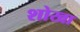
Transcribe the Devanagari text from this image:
शोखा